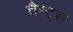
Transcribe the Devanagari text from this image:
चैस्ट्रस